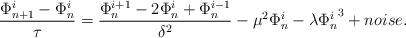
LaTeX: \begin{align*}\frac{\Phi_{n+1}^i-\Phi_n^i}{\tau} = \frac{\Phi_n^{i+1} -2\Phi_n^i+\Phi_n^{i-1}}{\delta^2}-\mu^2\Phi_n^i-\lambda {\Phi_n^i}^3+noise.\end{align*}